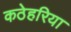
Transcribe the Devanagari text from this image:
कठेहरिया